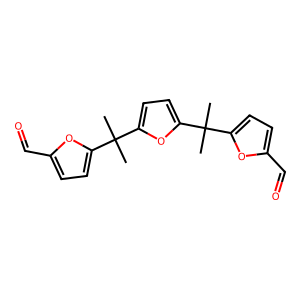
SMILES: CC(C)(c1ccc(C=O)o1)c1ccc(C(C)(C)c2ccc(C=O)o2)o1
Inhibits HIV replication: No